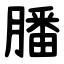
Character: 膰